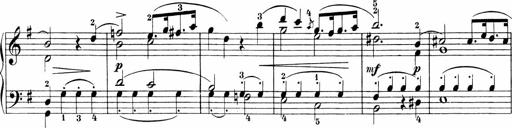
Title: 3 Sonatinas
Composer: Carl Reinecke